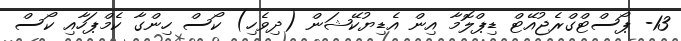
13- ޕޯސްޓްގްރެޖުއޭޓް ޑިޕްލޮމާ އިން އެޑިޔުކޭޝަން (ދިވެހި) ކޯސް ހިންގާ ކެމްޕަހާއި ކޯސް